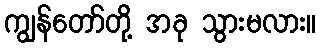
ကျွန်တော်တို့ အခု သွားမလား။